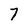
Character: 7